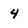
Character: 4